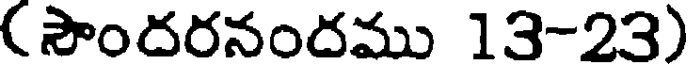
( సౌందరనందము 13-23)